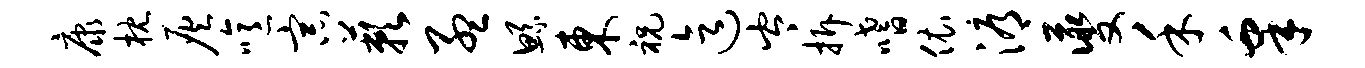
康枕灰噫宗蔌孟鲧东祝迄岑拆嗜依溽夔禾皋